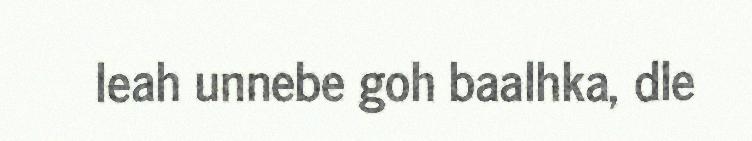
leah unnebe goh baalhka, dle